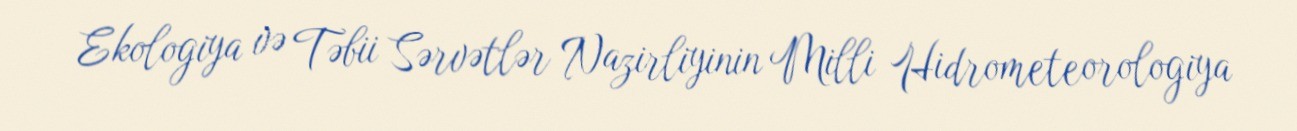
Ekologiya və Təbii Sərvətlər Nazirliyinin Milli Hidrometeorologiya